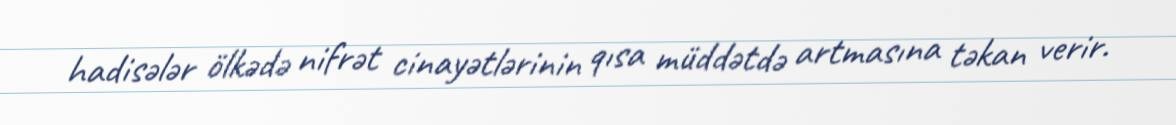
hadisələr ölkədə nifrət cinayətlərinin qısa müddətdə artmasına təkan verir.